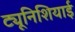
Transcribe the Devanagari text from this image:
ट्यूनिशियाई